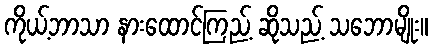
ကိုယ့်ဘာသာ နားထောင်ကြည့် ဆိုသည့် သဘောမျိုး။